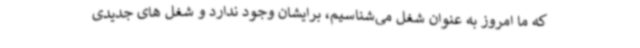
که ما امروز به عنوان شغل می‌شناسیم، برایشان وجود ندارد و شغل های جدیدی